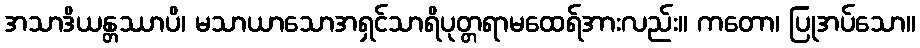
အသာဒိယန္တဿာပိ၊ မသာယာသောအရှင်သာရိပုတ္တရာမထေရ်အားလည်း။ ကတော၊ ပြုအပ်သော။